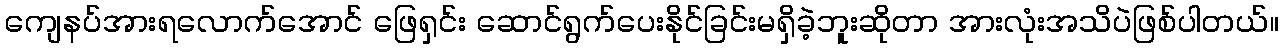
ကျေနပ်အားရလောက်အောင် ဖြေရှင်း ဆောင်ရွက်ပေးနိုင်ခြင်းမရှိခဲ့ဘူးဆိုတာ အားလုံးအသိပဲဖြစ်ပါတယ်။